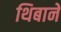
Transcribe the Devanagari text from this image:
थिबाने